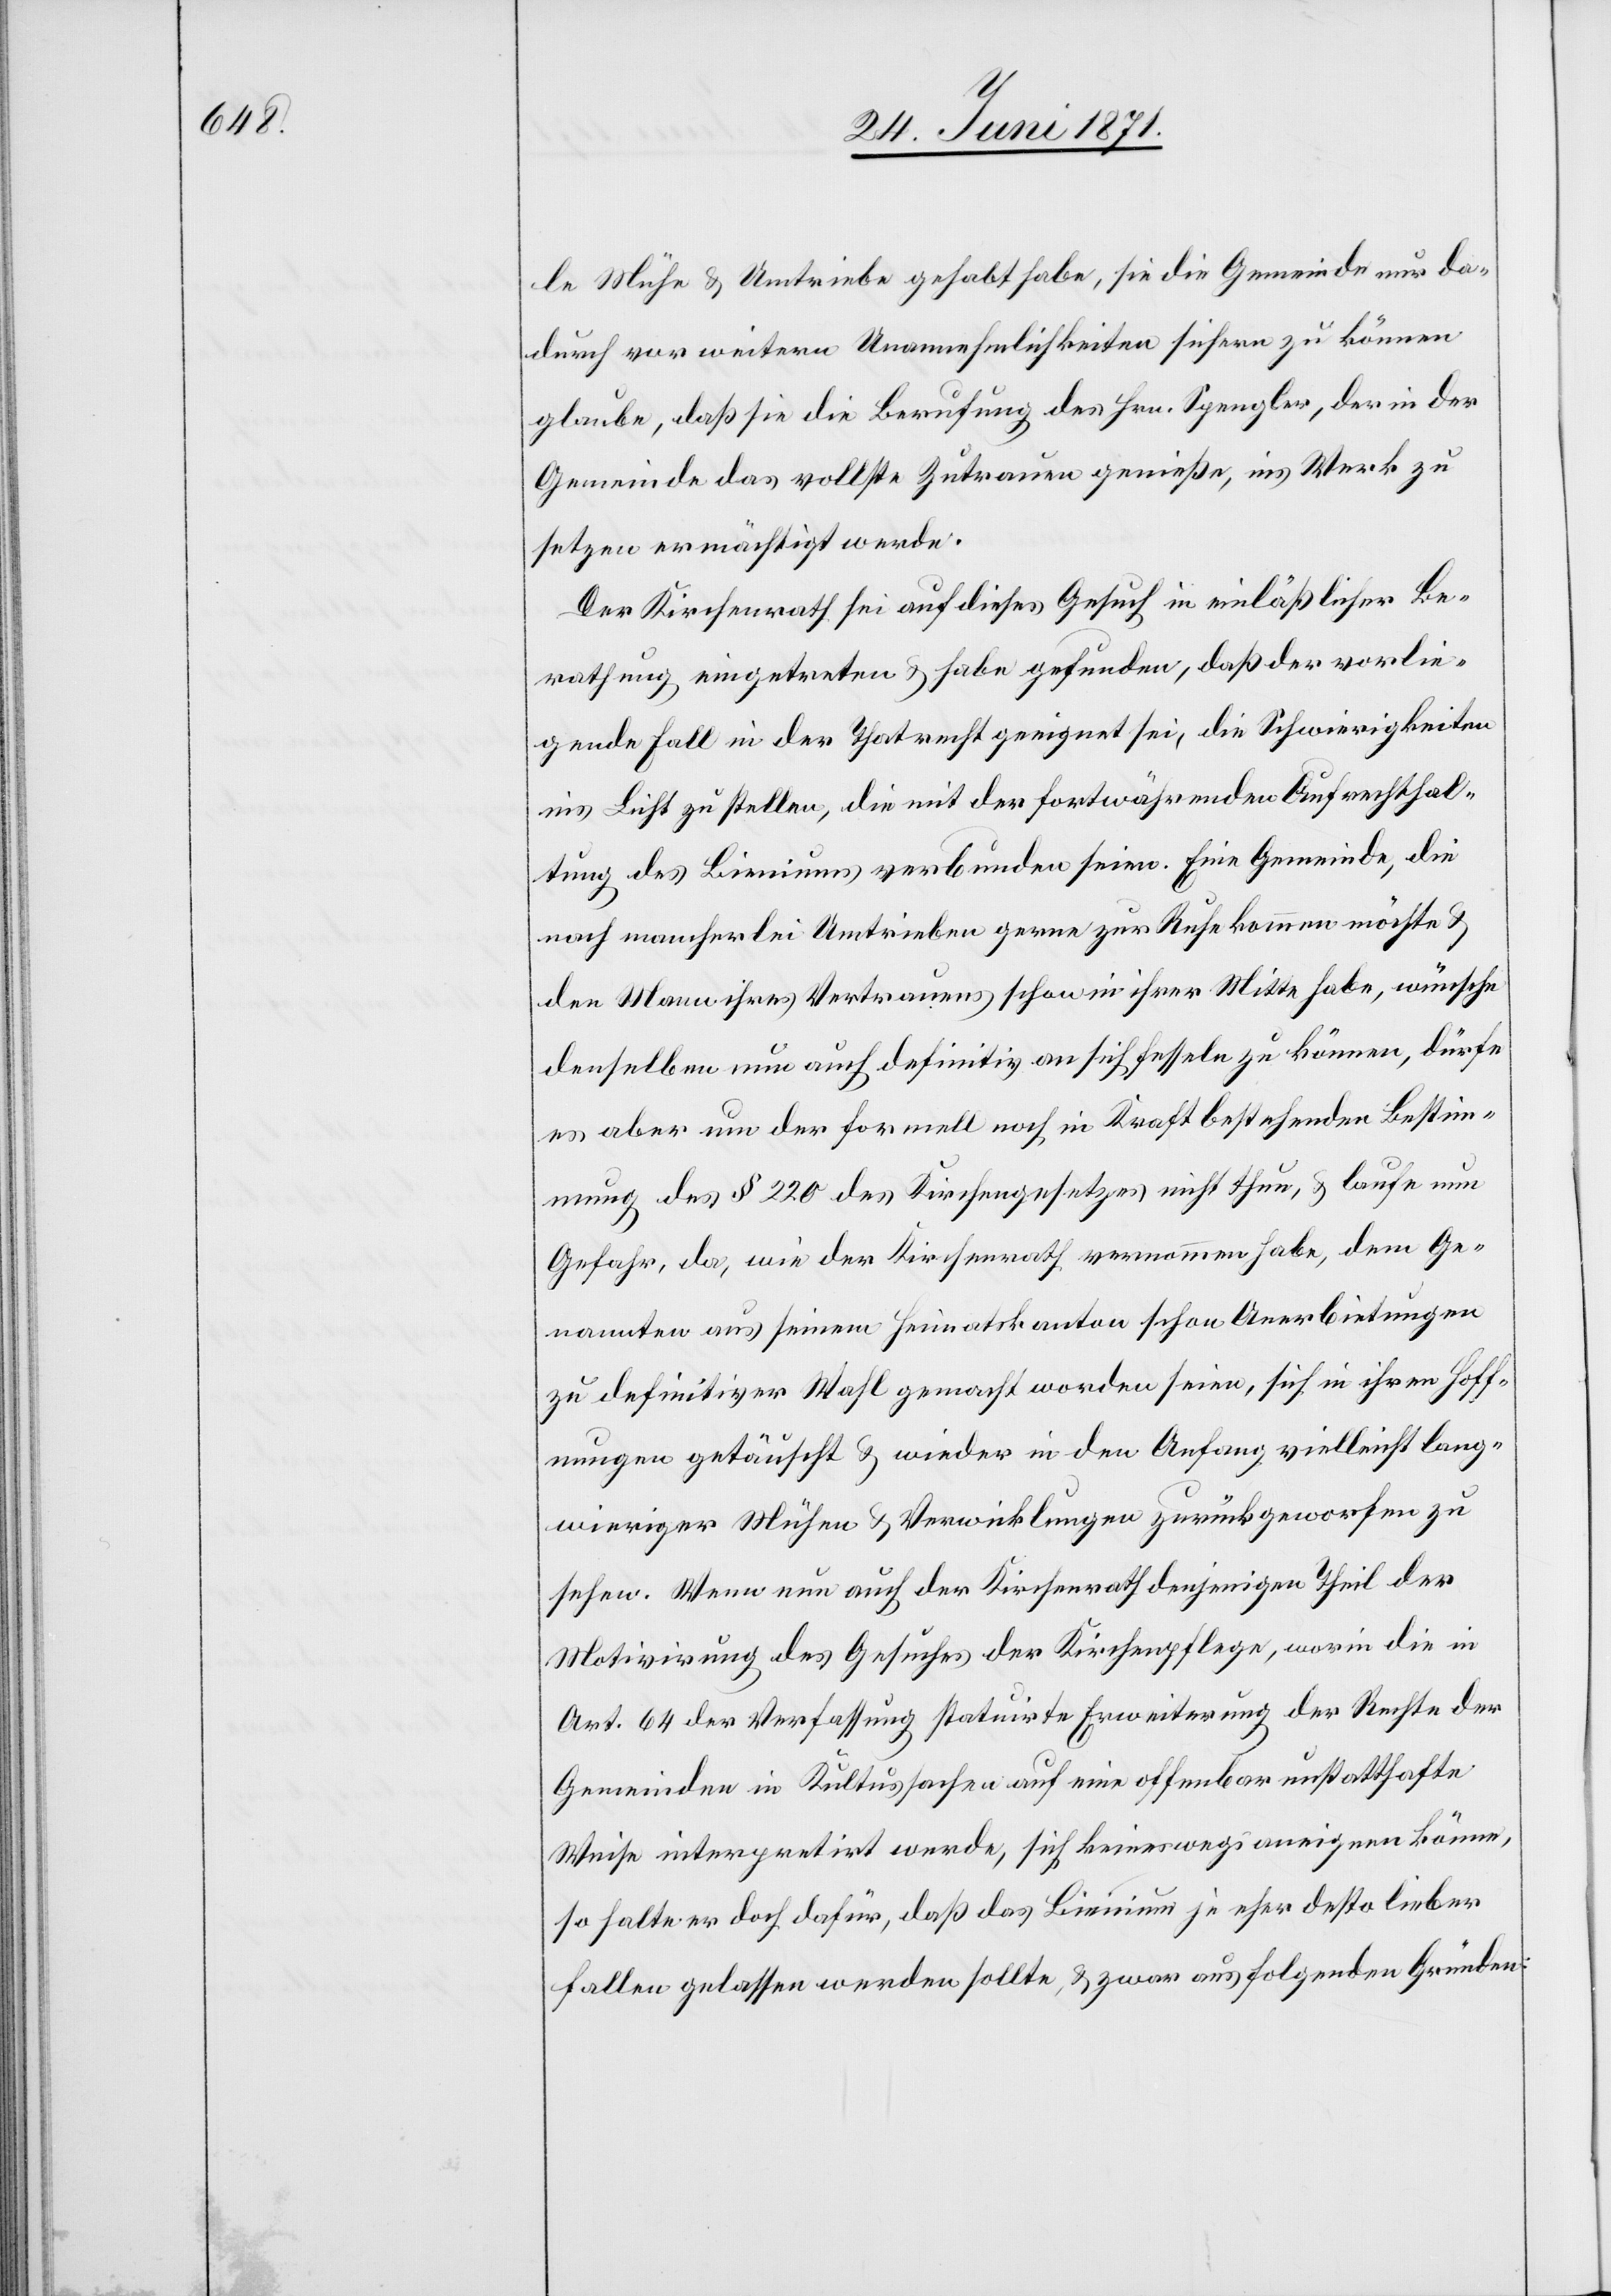
le Mühe u. Umtriebe gehabt habe, sie die Gemeinde nur da¬
durch vor weitern Unannehmlichkeiten sichern zu können
glaube, daß sie die Berufung des Hrn. Spengler, der in der
Gemeinde das vollste Zutrauen genieße, ins Werk zu
setzen ermächtigt werde.
Der Kirchenrath sei auf dieses Gesuch in einläßlicher Be¬
rathung eingetreten u. habe gefunden, daß der vorlie¬
gende Fall in der That recht geeignet sei, die Schwierigkeiten
ins Licht zu stellen, die mit der fortwährenden Aufrechthal¬
tung des Bieniums verbunden seien. Eine Gemeinde, die
nach mancherlei Umtrieben gerne zur Ruhe kommen möchte u.
den Mann ihres Vertrauens schon in ihrer Mitte habe, wünsche
denselben nun auch definitiv an sich fesseln zu können, dürfe
es aber um der formell noch in Kraft bestehenden Bestim¬
mung des § 220 des Kirchengesetzes nicht thun, u. laufe nun
Gefahr, da, wie der Kirchenrath vernommen habe, dem Ge¬
nannten aus seinem Heimatskanton schon Anerbietungen
zu definitiver Wahl gemacht worden seien, sich in ihren Hoff¬
nungen getäuscht u. wieder in den Anfang vielleicht lang¬
wirriger Mühen u. Verwicklungen zurückgeworfen zu
sehen. Wenn nun auch der Kirchenrath denjenigen Theil der
Motivirung des Gesuches der Kirchenpflege, worin die in
Art. 64 der Verfassung statuirte Erweiterung der Rechte der
Gemeinden in Kultussachen auf eine offenbar unstatthafte
Weise interpretirt werde, sich keineswegs aneignen könne,
so halte er doch dafür, daß das Bienium je eher desto lieber
fallen gelassen werden sollte, u. zwar aus folgenden Gründen: